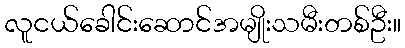
လူငယ်ခေါင်းဆောင်အမျိုးသမီးတစ်ဦး။